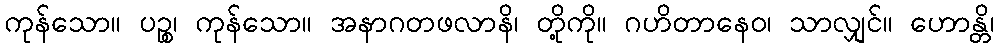
ကုန်သော။ ပဉ္စ၊ ကုန်သော။ အနာဂတဖလာနိ၊ တို့ကို။ ဂဟိတာနေဝ၊ သာလျှင်။ ဟောန္တိ၊